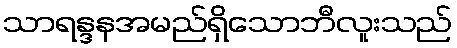
သာရန္ဒနအမည်ရှိသောဘီလူးသည်